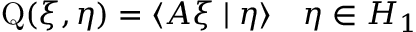
\operatorname { Q } ( \xi , \eta ) = \langle A \xi \mid \eta \rangle \quad \eta \in H _ { 1 }